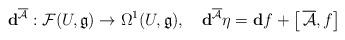
LaTeX: \begin{align*}\mathbf{d}^{\overline{\mathcal{A}}}:\mathcal{F}(U,\mathfrak{g})\rightarrow\Omega^1(U,\mathfrak{g}),\quad\mathbf{d}^{\overline{\mathcal{A}}}\eta=\mathbf{d}f+\left[\,\overline{\mathcal{A}},f\right]\end{align*}